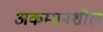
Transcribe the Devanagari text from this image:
अकम्पनशील